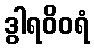
ဒွါရဝိဝရံ